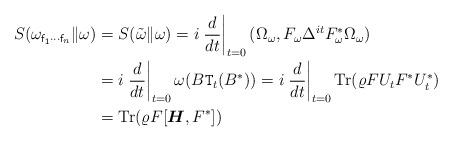
LaTeX: \begin{align*} S(\omega_{{\sf f_1} \cdots {\sf f}_n}\|\omega) & = S(\tilde{\omega}\|\omega) = i\left.\frac{d}{dt}\right|_{t = 0} (\Omega_\omega,F_\omega \Delta^{it}F_\omega^*\Omega_\omega) \\ & = i\left.\frac{d}{dt}\right|_{t = 0}\omega(B{\tt T}_t(B^*)) = i\left.\frac{d}{dt}\right|_{t = 0}{\rm Tr}(\varrho F U_tF^*U_t^*) \\ & = {\rm Tr}(\varrho F[\boldsymbol{H},F^*])\end{align*}